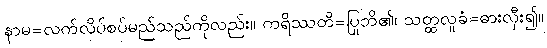
နာမ=လက်လိပ်စပ်မည်သည်ကိုလည်း။ ကရိဿတိ=ပြုဘိ၏၊ သတ္ထလူခံ=ဓားလှီး၍။